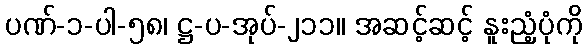
ပဏ်-၁-ပါ-၅၈၊ ဋ္ဌ-ပ-အုပ်-၂၁၁။ အဆင့်ဆင့် နူးညံ့ပုံကို